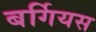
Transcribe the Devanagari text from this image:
बर्गियस